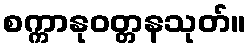
စက္ကာနုဝတ္တနသုတ်။